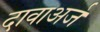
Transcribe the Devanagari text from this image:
दावाअर्ज